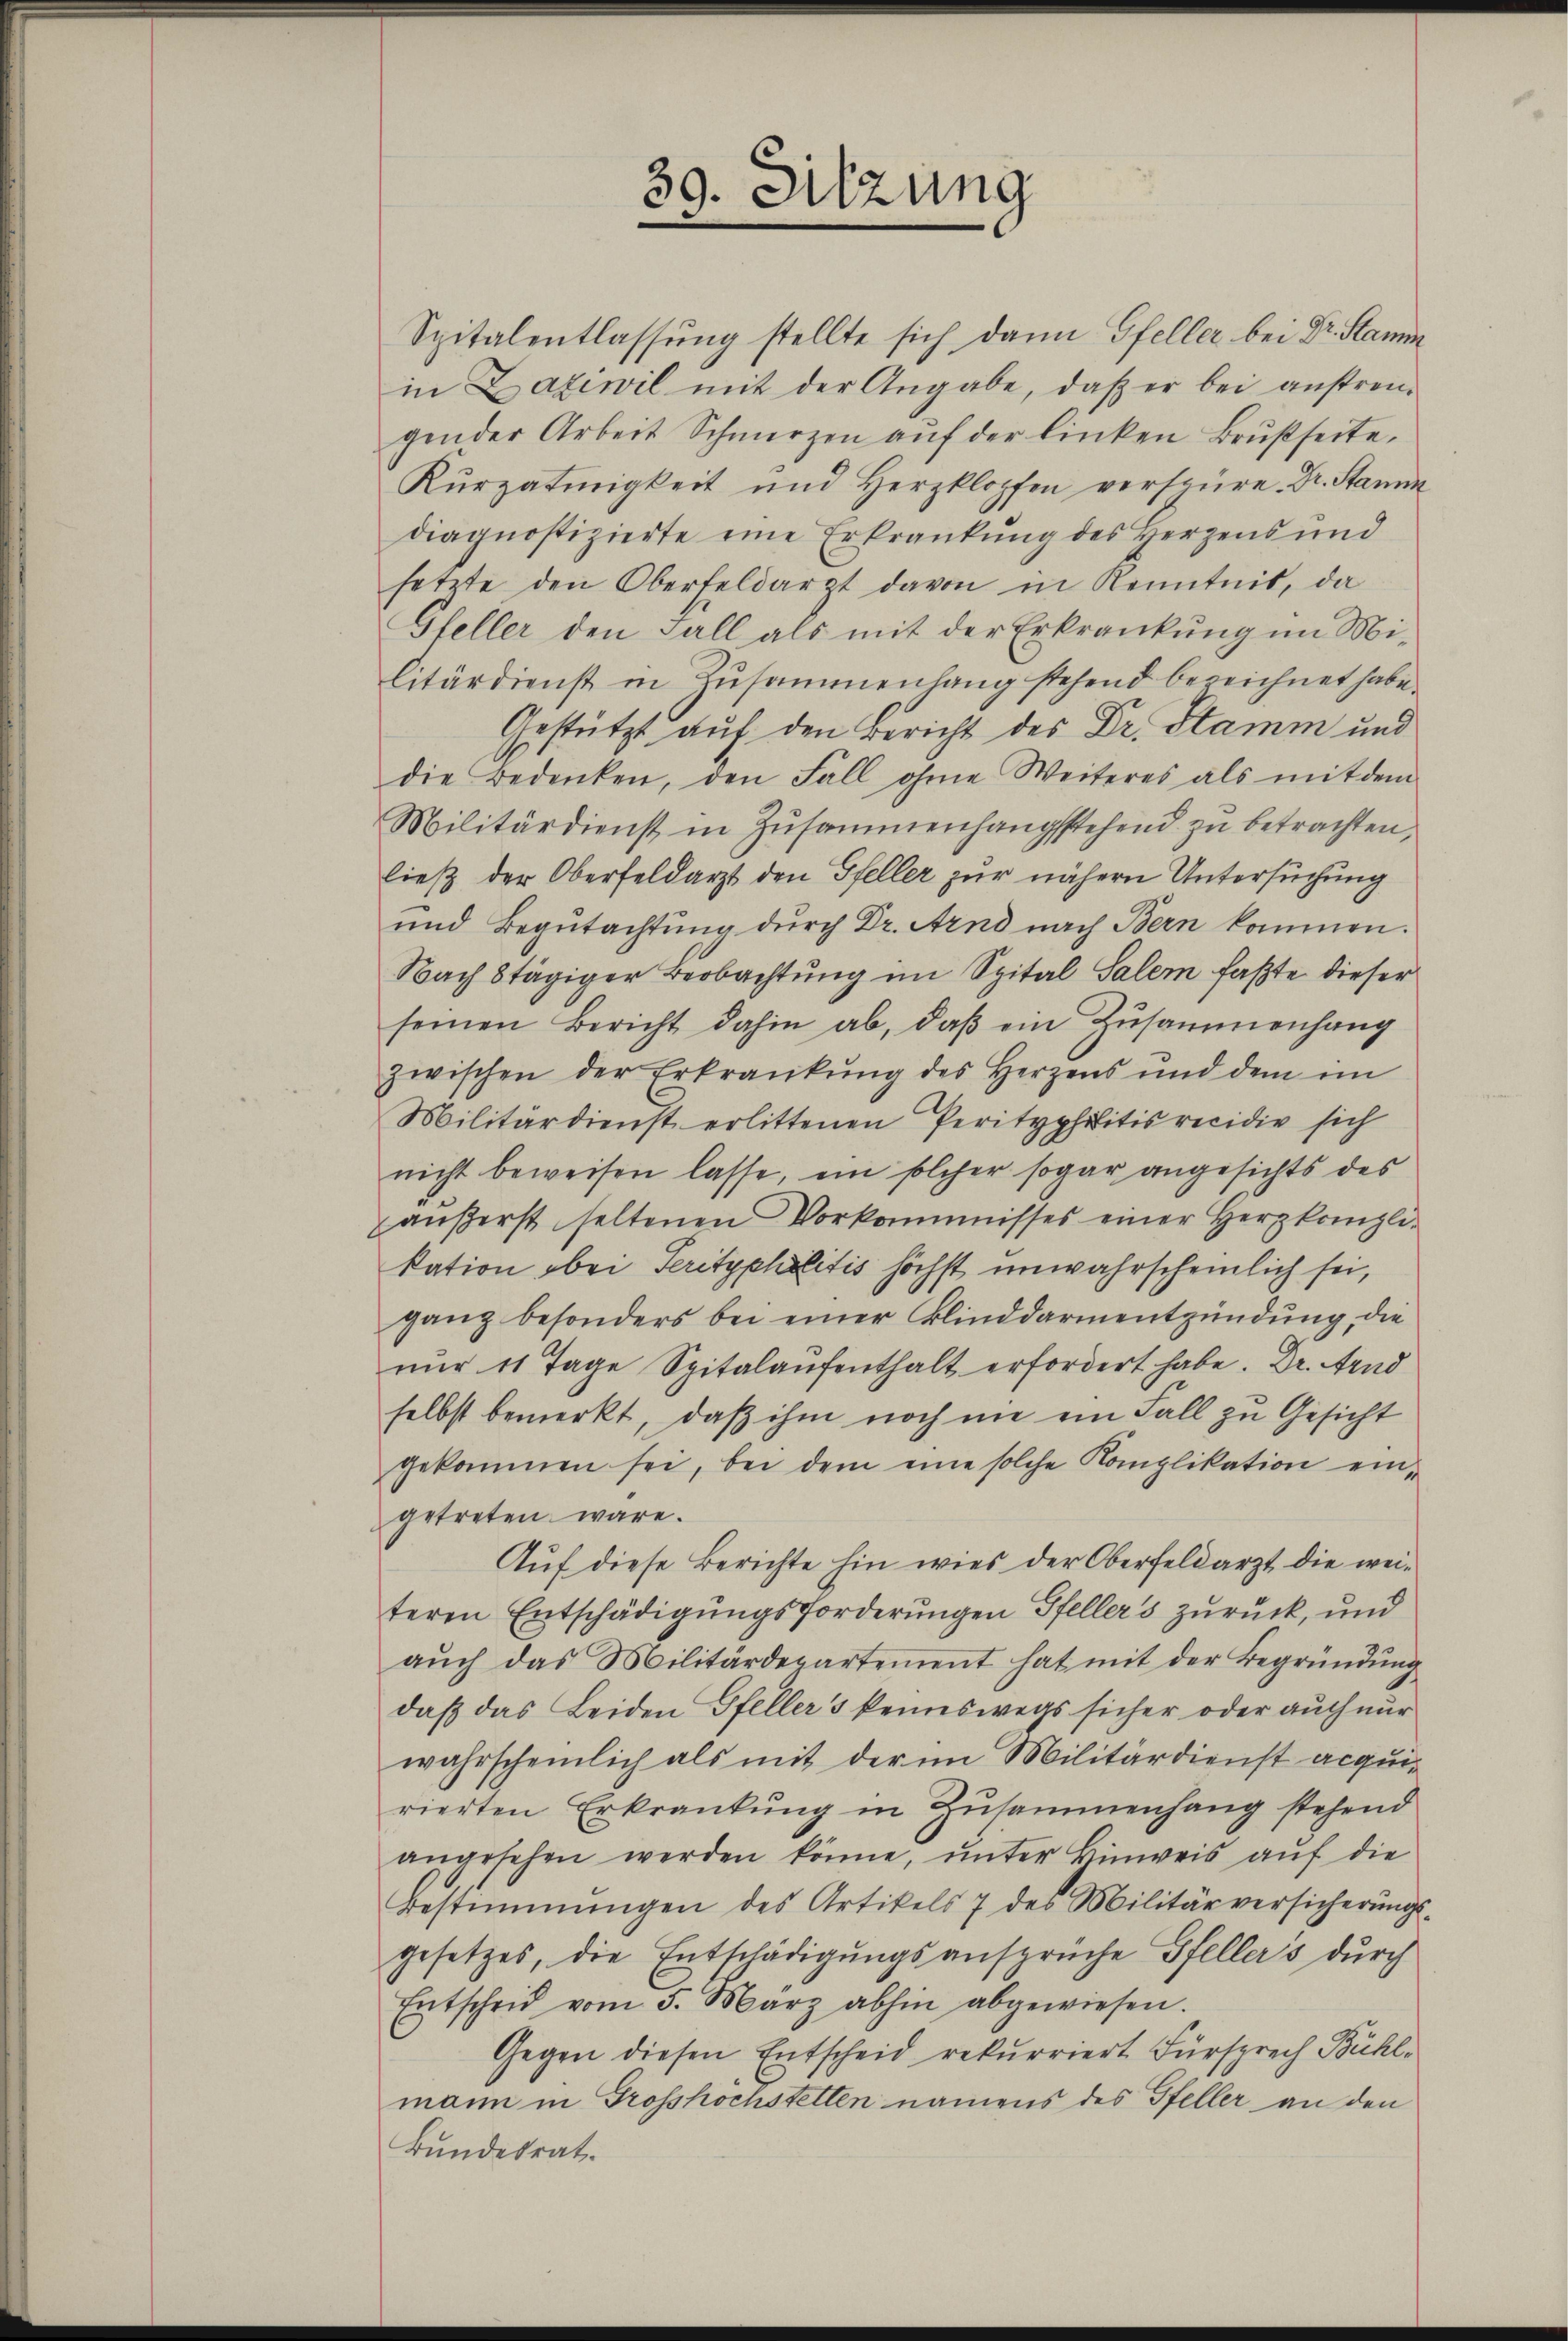
Spitalentlassung stellte sich dann Gfeller bei Dr. Stamm
in Laziwil mit der Angabe, daβ er bei anstren-
gender Arbeit Schmerzen aŭf der linken Brustseite,
Kŭrzatinigkeit und Herzklopfen verspüre. Dr. Stamm
diagnostizierte eine Erkrankung des Herzens und
setzte den Oberfeldarzt davon in Kenntnis, da
Gfeller den Fall als mit der Erkrankung im Mi-
litärdienst in Zusammenlang stehend bezeichnet habe.
Gestützt auf den Bericht des Dr. Stamm und
die Bedenken, den Fall ohne Weiteres als mit dem
Militärdienst in Zusammenhangsstehend zu betrachten,
ließ der Oberfeldarzt den Gfeller zur nähern Untersuchung
und Begŭtachtŭng dŭrch Dr. Arnd nach Bern kommen.
Nach Stägiger Beobachtung im Spital Salem faßte dieser
seinen Bericht dahin ab, daβ ein Zusammenhang
zwischen der Erkrankŭng des Herzens und dem im
Militärdienst erlittenen Perityphilitis recidie sich
nicht beweisen lasse, ein solcher sogar angesichts des
äußerst seltenen Vorkommnisses einer Herzkanzli-
kation bei Serityphilitis höchst unwahrscheinlich sei,
ganz besonders bei einer Blinddarmentzündung, die
nŭr 11 Tage Spitalaŭfenthalt erfordert habe. Dr. Ar
selbst bemerkt, daß ihm noch nie ein Fall zu Gesicht
gekommen sei, bei dem eine solche Komplikation eingetreten wäre.
Auf diese Berichte hin wies der Oberfeldarzt die weiteren Entschädigungsforderungen Pfellers zurück, und
aŭch das Militärdepartement hat mit der Begründŭng
daß das Leiden Gfeller 5 kennswegs sicher oder auch nur
wahrscheinlich als mit der im Militärdienst acquirierten Erkrankung in Zusammenhang stehend
angesehen werden könne, ŭnter Hinweis aŭf die
Bestimmungen des Artikels 7 des Militärversicherŭngs-
gesetzes, die Entschädigŭngsansprüche Gfeller's durch
Entscheid vom 5. März abhin abgewiesen.
Gegen diesen Entscheid rekurriert Fürsprech Bühlmann in Grosshöchstetten namens des Pfeller an den
Bundesrat

39. Sitzung